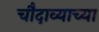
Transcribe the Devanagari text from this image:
चौदाव्याच्या